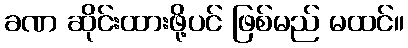
ခဏ ဆိုင်းထားဖို့ပင် ဖြစ်မည် မထင်။